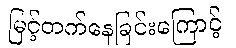
မြင့်တက်နေခြင်းကြောင့်